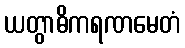
ယတွာဓိကရဏမေတံ